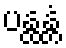
ပန္ထန္တံ